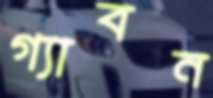
গ্যাবন